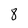
Character: 8